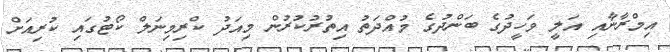
އިމްރާނާއި އަލީ ވަހީދުގެ ބަންދުގެ މުއްދަތު އިތުރުކުރުން މިއަދު ކްރިމިނަލް ކޯޓުގައި ކުރިއަށް